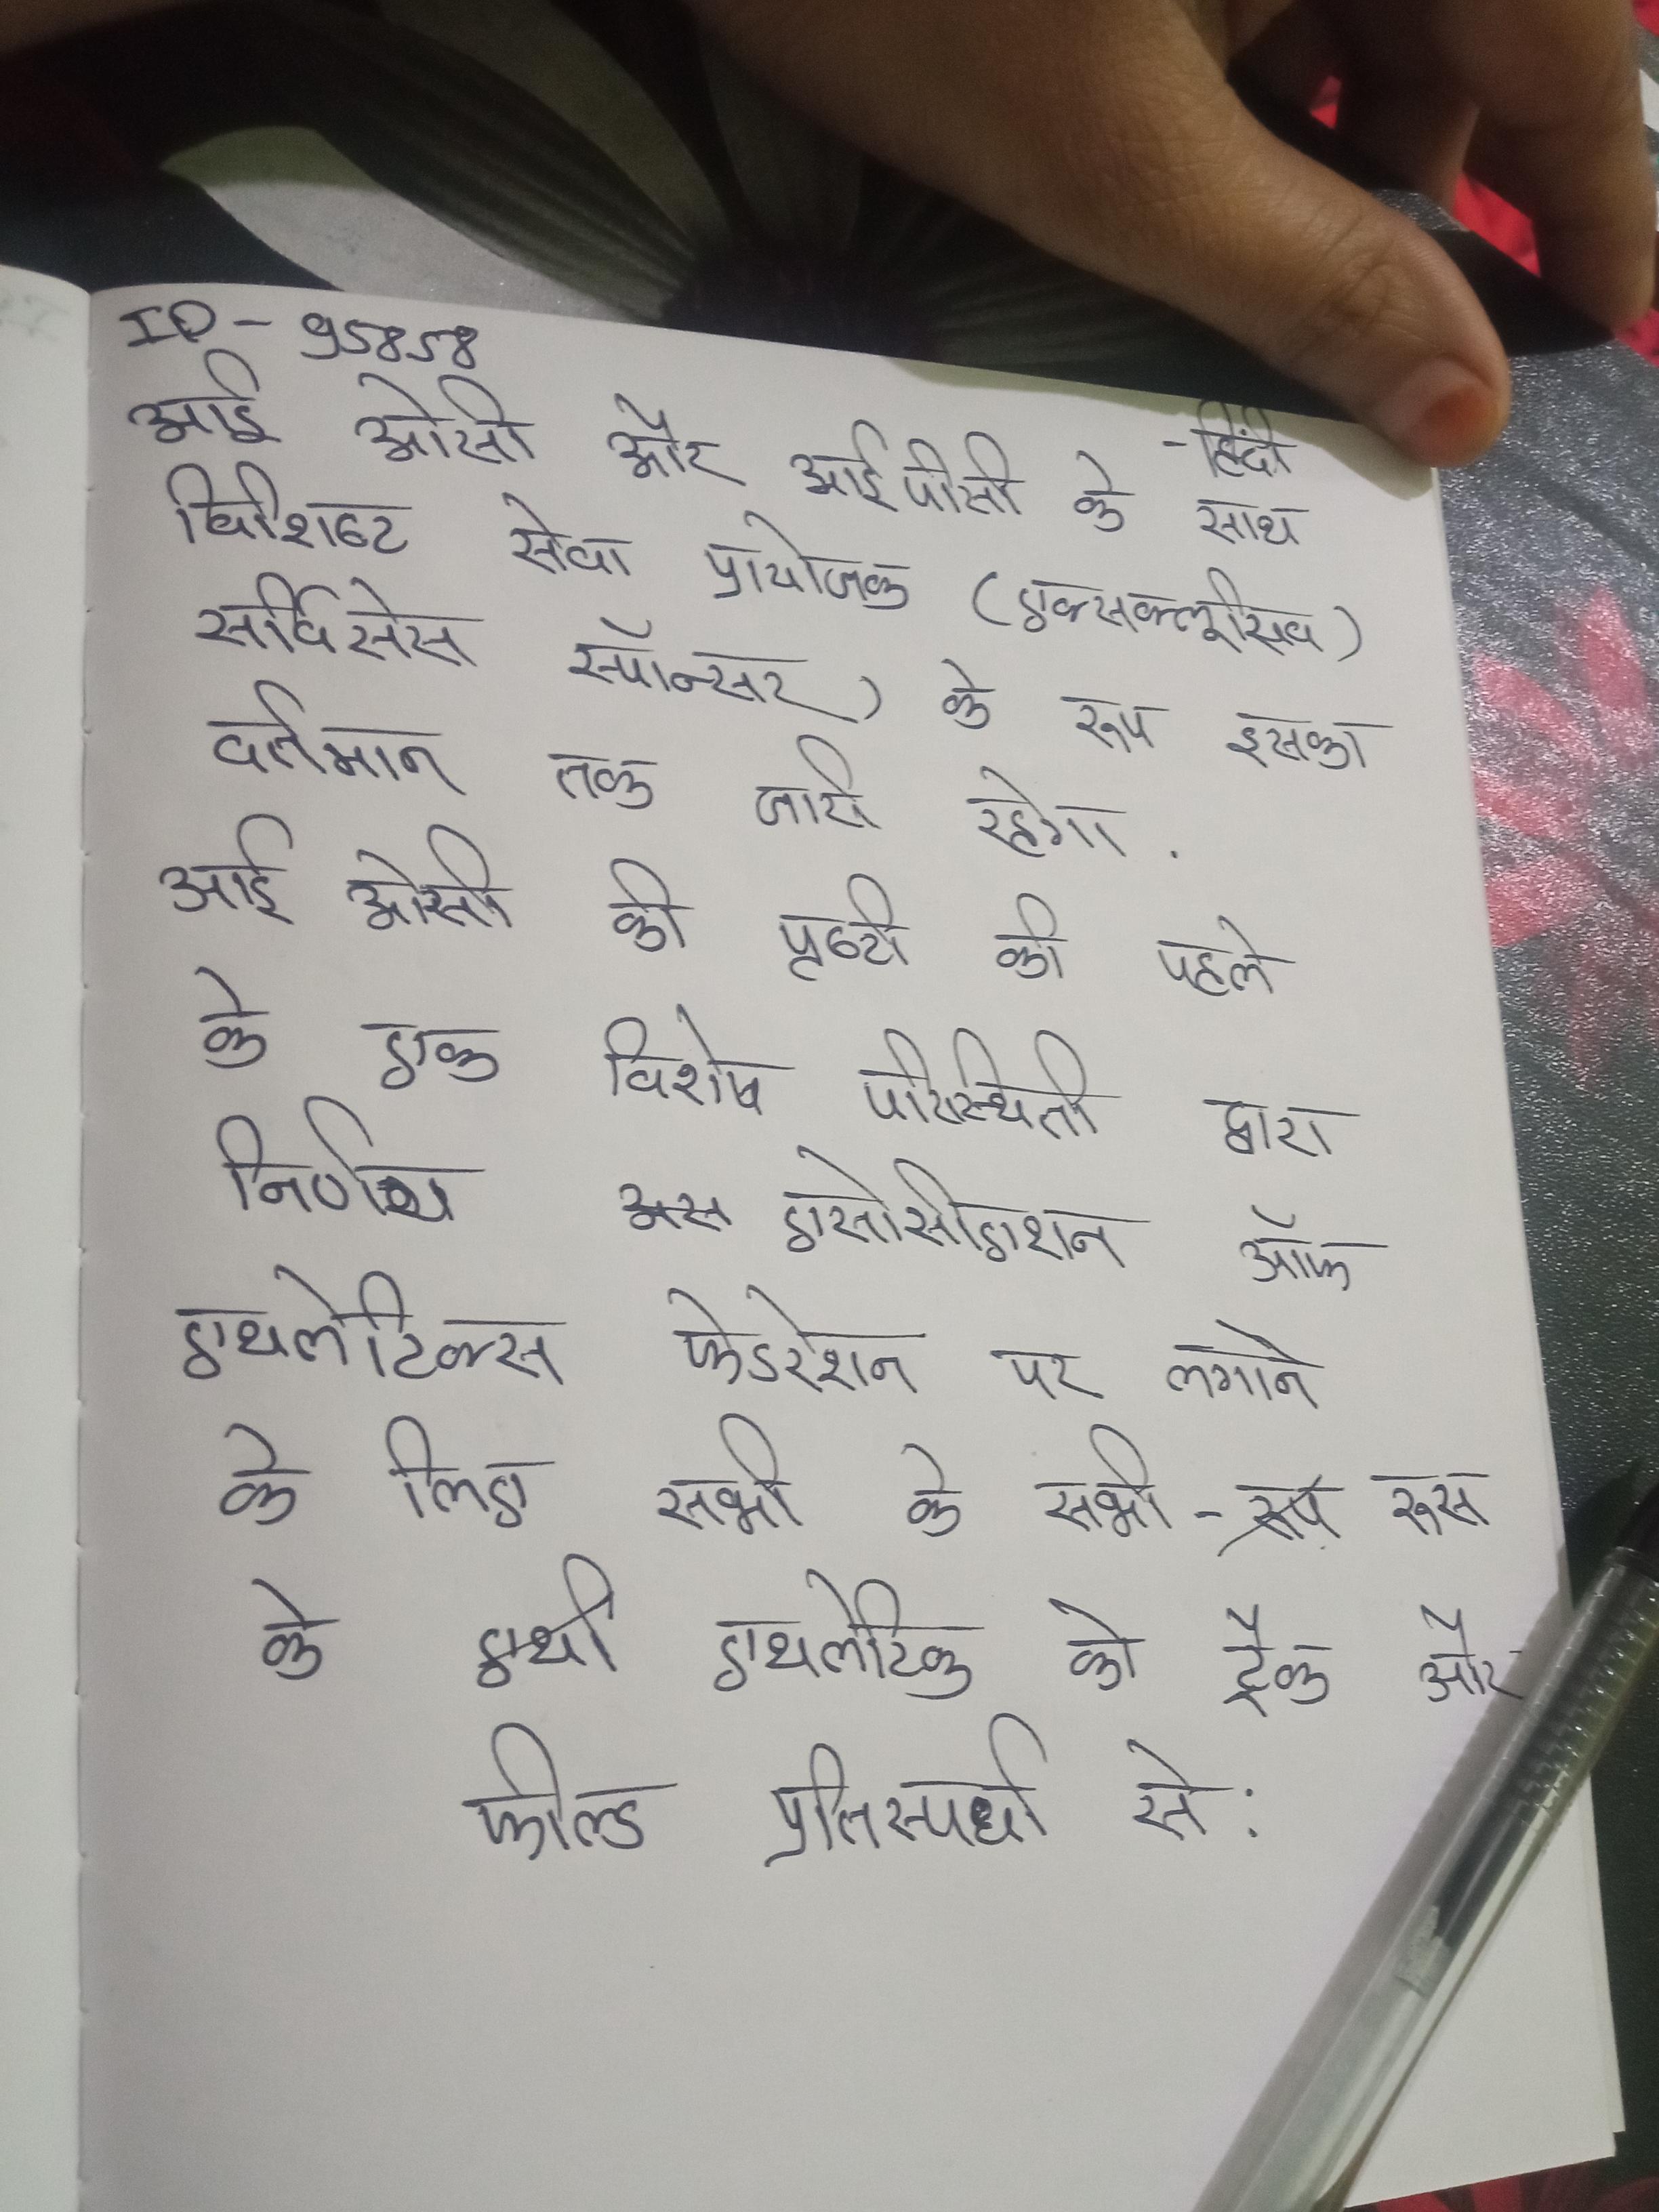
आईओसी और आईपीसी के साथ विशिष्ट सेवा प्रायोजक (एक्सक्लूसिव सर्विसेस स्पॉन्सर) के रूप इसका वर्तमान तक जारी रहेगा . आईओसी की पुष्टि की पहले के एक विशेष परिस्थिति द्वारा निर्णय एसोसिएशन ऑफ एथलेटिक्स फेडरेशन पर लगाने के लिए सभी के सभी-रूस के एथलेटिक को ट्रैक और फील्ड प्रतिस्पर्धा से .